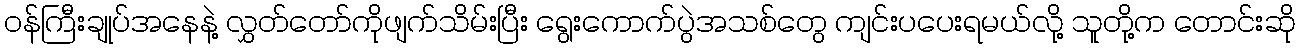
ဝန်ကြီးချုပ်အနေနဲ့ လွှတ်တော်ကိုဖျက်သိမ်းပြီး ရွေးကောက်ပွဲအသစ်တွေ ကျင်းပပေးရမယ်လို့ သူတို့က တောင်းဆို